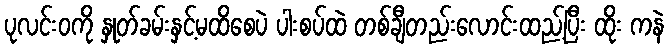
ပုလင်းဝကို နှုတ်ခမ်းနှင့်မထိစေပဲ ပါးစပ်ထဲ တစ်ချီတည်းလောင်းထည့်ပြီး ထိုး ကနဲ